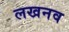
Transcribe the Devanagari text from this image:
लखनव